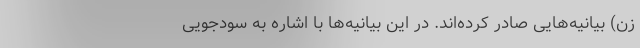
زن) بیانیه‌هایی صادر کرده‌اند. در این بیانیه‌ها با اشاره به سودجویی